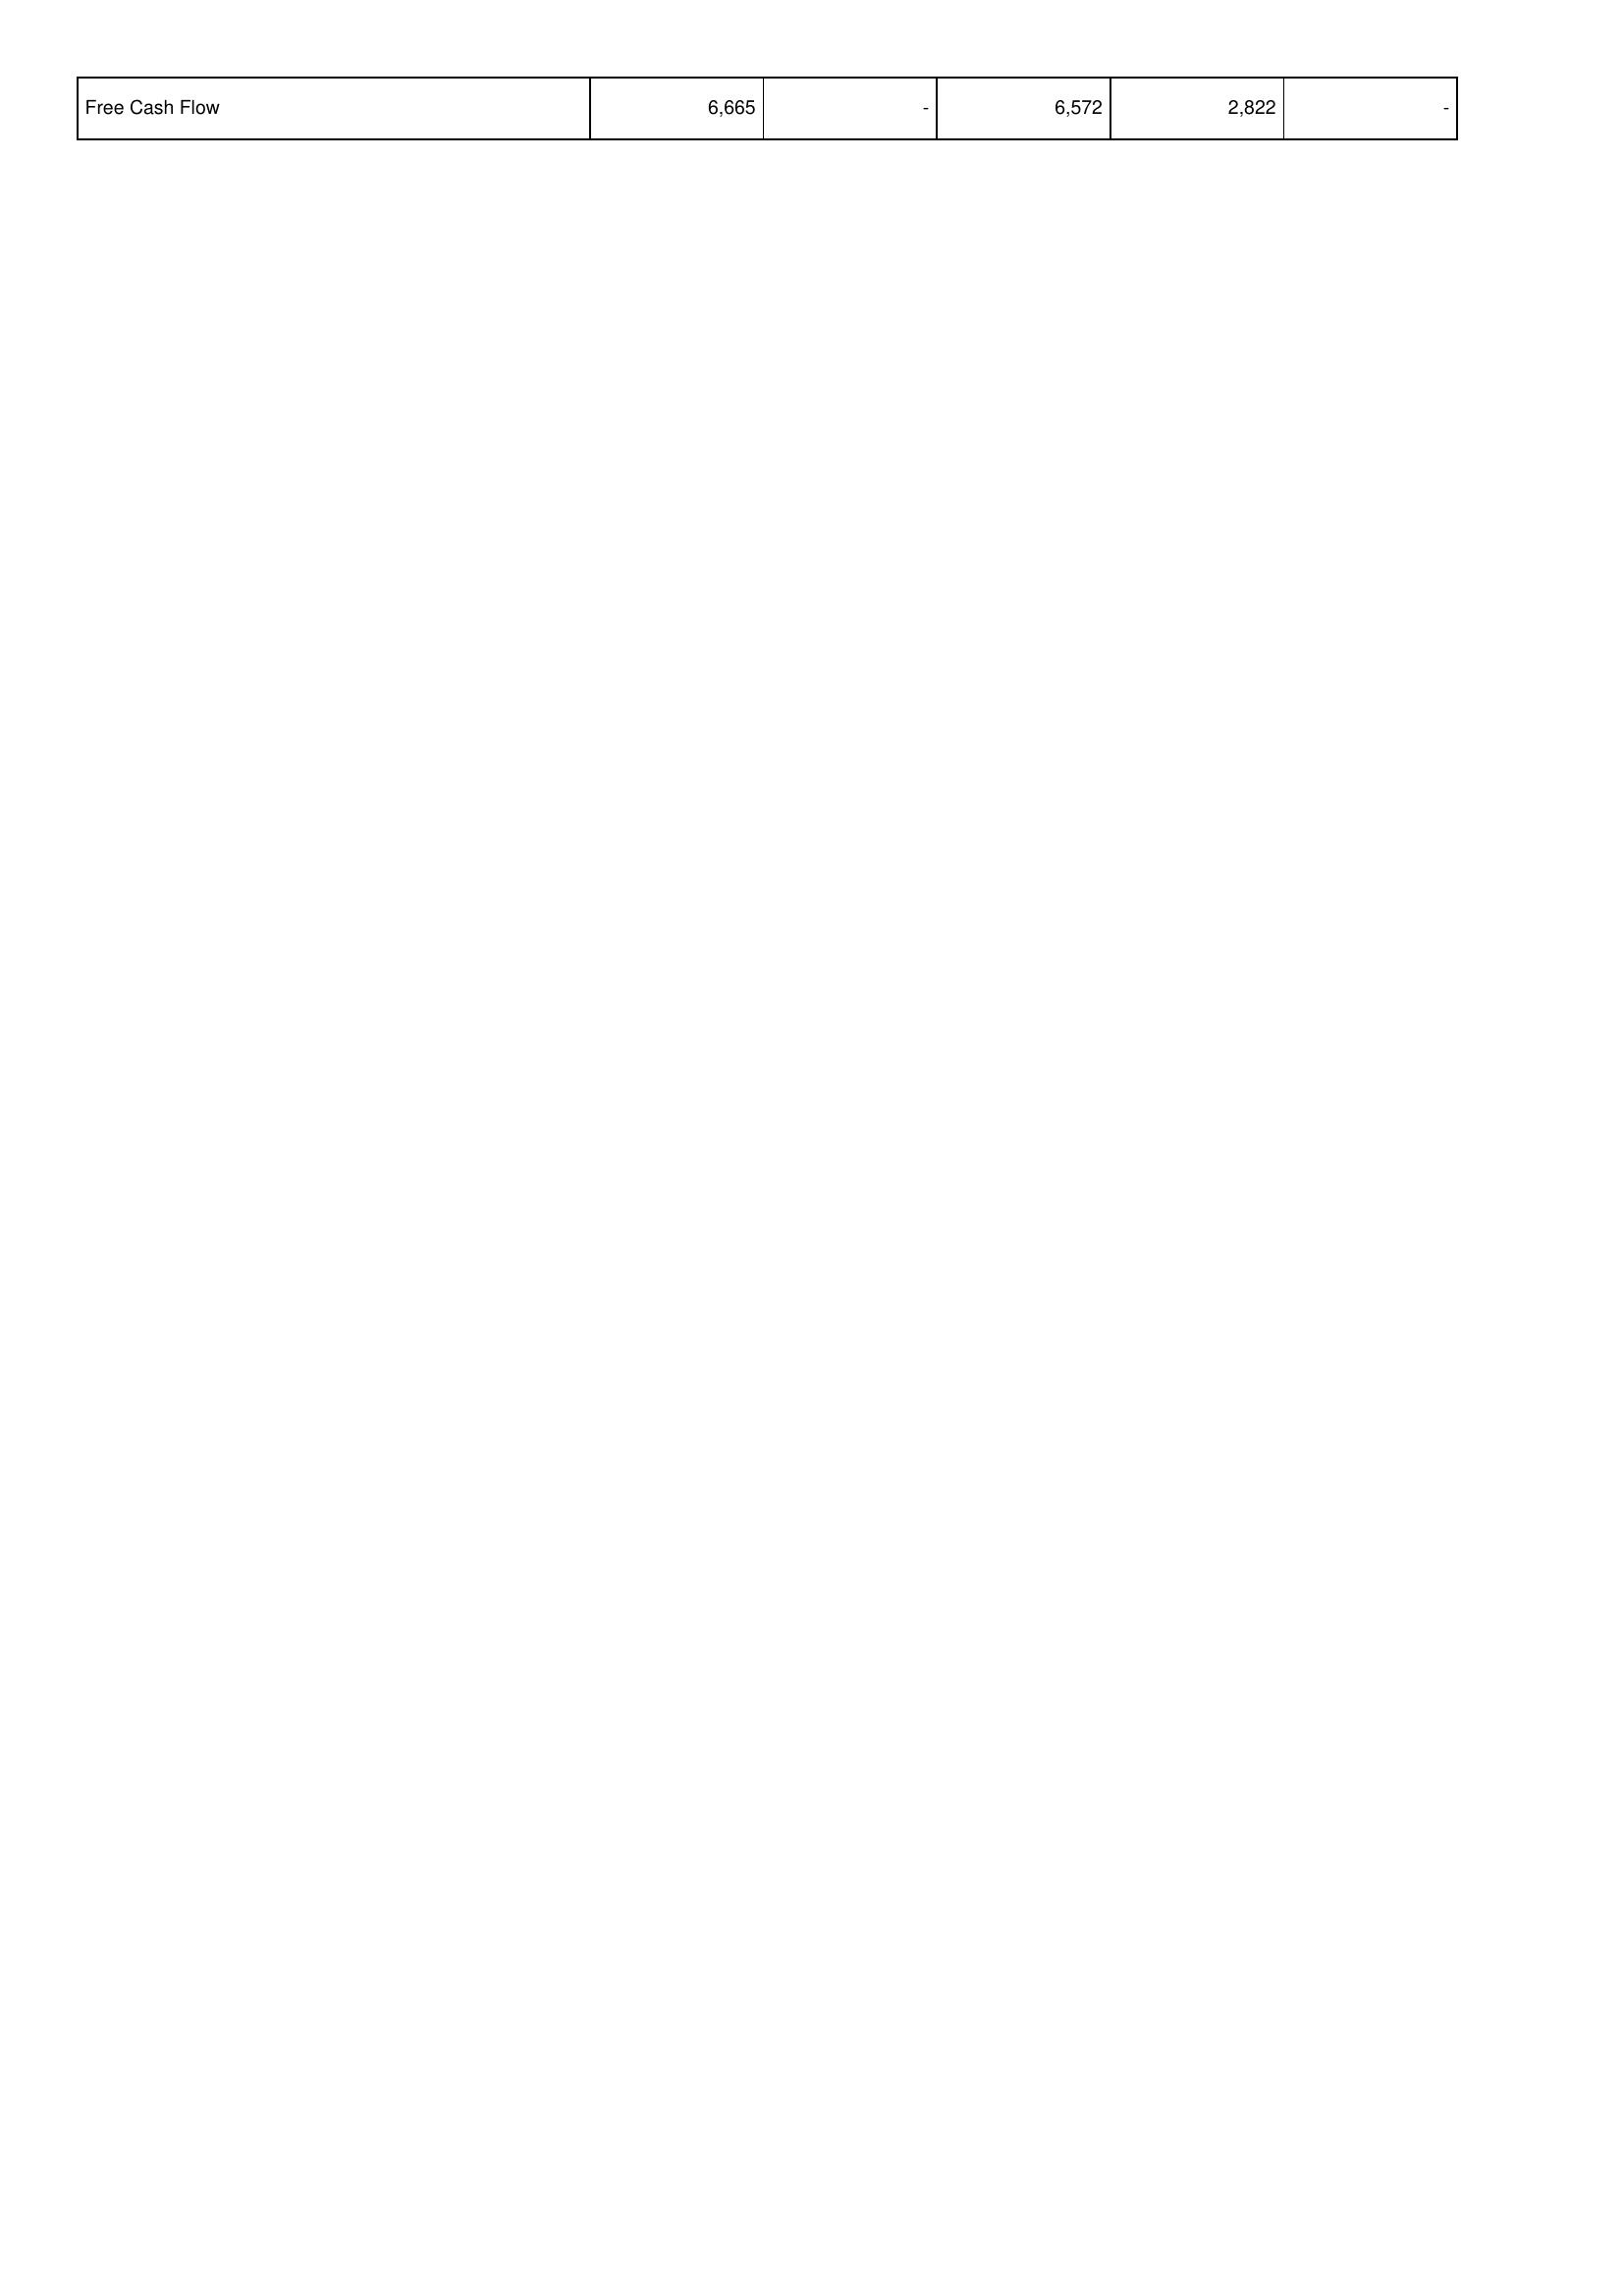
2025: Financing Activities: Free Cash Flow: 6,665
2024: Financing Activities: Free Cash Flow: -
2023: Financing Activities: Free Cash Flow: 6,572
2022: Financing Activities: Free Cash Flow: 2,822
2021: Financing Activities: Free Cash Flow: -